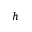
h